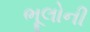
ભૂલોની